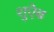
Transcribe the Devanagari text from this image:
शुऐब